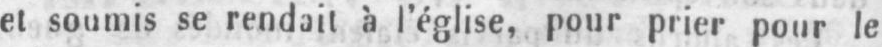
et soumis se rendait à l’église, pour prier pour le